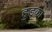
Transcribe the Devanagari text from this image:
हुड्का